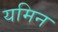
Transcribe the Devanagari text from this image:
यमिन